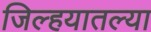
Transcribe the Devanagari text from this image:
जिल्हयातल्या